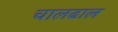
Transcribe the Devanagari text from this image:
चालढाल